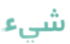
شيء